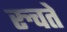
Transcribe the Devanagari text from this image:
रुचते